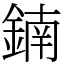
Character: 𨩇